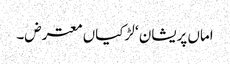
اماں پریشان ‘ لڑکیاں معترض۔